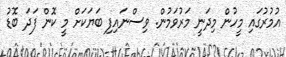
އުމުރުގައި މީހުން މިދަނީ މަރުވަމުން. ވިސްނައިފި ބަޔަކަށް މީ ކޮން ފަދަ ބޮޑު